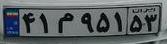
۴۱م۹۵۱۵۳